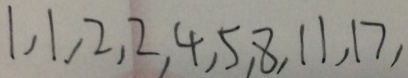
1 , 1 , 2 , 2 , 4 , 5 , 8 , 1 1 , 1 7 ,